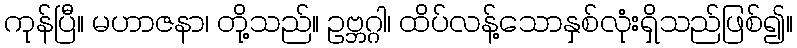
ကုန်ပြီ။ မဟာဇနာ၊ တို့သည်။ ဥဗ္ဘဂ္ဂါ၊ ထိပ်လန့်သောနှစ်လုံးရှိသည်ဖြစ်၍။